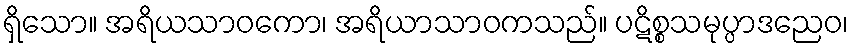
ရှိသော။ အရိယသာဝကော၊ အရိယာသာဝကသည်။ ပဋိစ္စသမုပ္ပာဒညေဝ၊